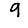
Digit: 9